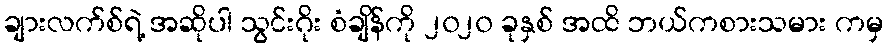
ချားလက်စ်ရဲ့ အဆိုပါ သွင်းဂိုး စံချိန်ကို ၂၀၂၀ ခုနှစ် အထိ ဘယ်ကစားသမား ကမှ